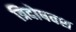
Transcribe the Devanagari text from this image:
त्रिदोषवश